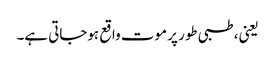
یعنی، طبی طور پر موت واقع ہوجاتی ہے۔